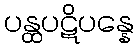
ပန္ထပဋိပန္နေ